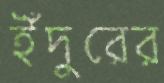
ইঁদুরের